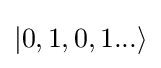
|0,1,0,1...\rangle